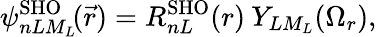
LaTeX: \psi_{nLM_{L}}^{\mathrm{SHO}}\! (\vec{r})=R_{nL}^{\mathrm{SHO}}(r)\: Y_{LM_{L}}(\Omega_{r}),